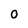
Character: O